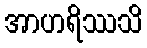
အာဟရိဿသိ